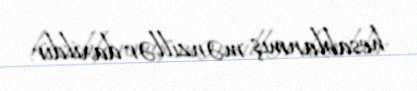
hesablanmış mənzillər daxildir.